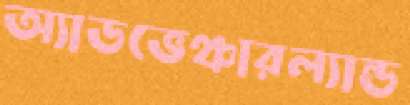
অ্যাডভেঞ্চারল্যান্ড